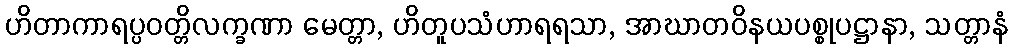
ဟိတာကာရပ္ပဝတ္တိလက္ခဏာ မေတ္တာ, ဟိတူပသံဟာရရသာ, အာဃာတဝိနယပစ္စုပဋ္ဌာနာ, သတ္တာနံ